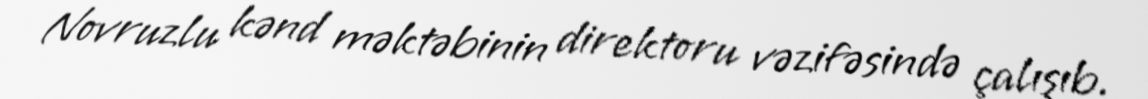
Novruzlu kənd məktəbinin direktoru vəzifəsində çalışıb.